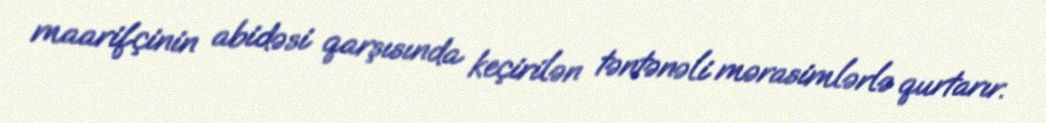
maarifçinin abidəsi qarşısında keçirilən təntənəli mərasimlərlə qurtarır.